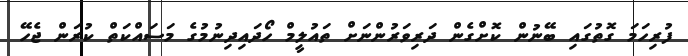
ފުރިހަމަ ގޮތުގައި ބޭނުން ކޮށްގެން ދަރިވަރުންނަށް ތައުލީމް ހޯދައިދިނުމުގެ މަސައްކަތް ކުރަން ޖެހޭ